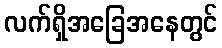
လက်ရှိအခြေအနေတွင်